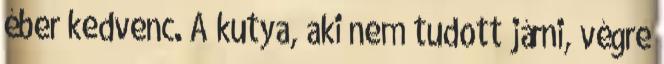
éber kedvenc. A kutya, aki nem tudott járni, végre